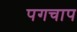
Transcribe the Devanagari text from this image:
पगचाप